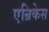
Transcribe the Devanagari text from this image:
एन्रिकेस